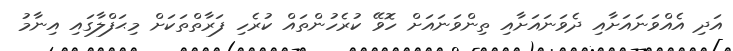
އަދި އެއްވަނަައަށާއި ދެވަނައަށާއި ތިންވަނައަށް ހޮވޭ ކުރެހުންތައް ކުރެހި ފަރާތްތަކަށް މިޙަފްލާގައި އިނާމު